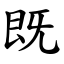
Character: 既